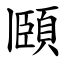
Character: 頥